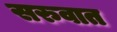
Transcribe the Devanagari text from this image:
सरुवात